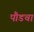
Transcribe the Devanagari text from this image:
पौडचा